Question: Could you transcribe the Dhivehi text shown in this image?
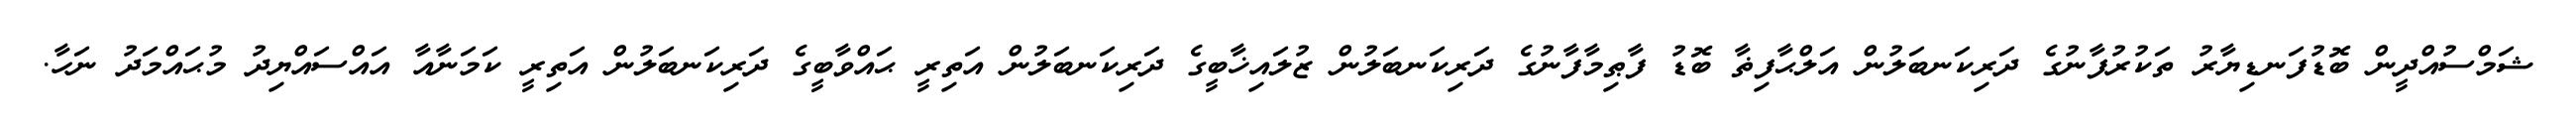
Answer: ޝަމްސުއްދީން ބޮޑުފަނޑިޔާރު ތަކުރުފާނުގެ ދަރިކަނބަލުން އަލްޙާފިޡާ ބޮޑު ފާޠިމާފާނުގެ ދަރިކަނބަލުން ޒުލައިޚާބީގެ ދަރިކަނބަލުން އަތިރީ ޙައްވާބީގެ ދަރިކަނބަލުން އަތިރީ ކަމަނާއާ އައްސައްޔިދު މުޙައްމަދު ނަހާ.